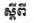
ស្តីពី